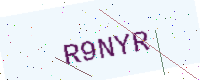
Text: R9NYR